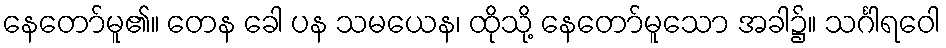
နေတော်မူ၏။ တေန ခေါ ပန သမယေန၊ ထိုသို့ နေတော်မူသော အခါ၌။ သင်္ဂါရဝေါ